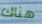
هناك